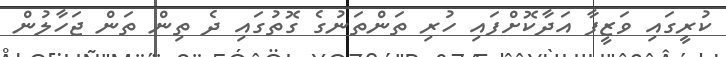
ކުރީގައި ވަޒީފާ އަދާކޮށްފައިި ހުރި ތަންތަނުގެ ގޮތުގައި ދެ ތިން ތަން ޖަހާލުން